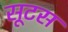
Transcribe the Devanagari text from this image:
सूटस